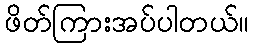
ဖိတ်ကြားအပ်ပါတယ်။